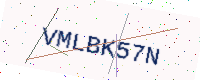
Text: VMLBK57N